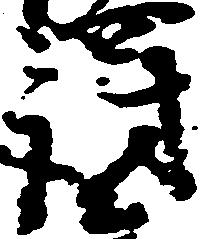
罰